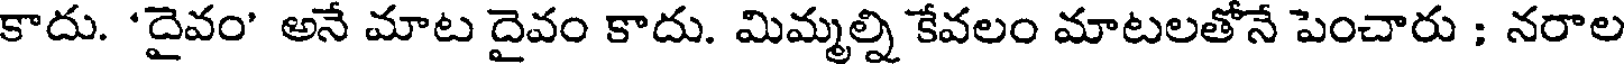
కాదు. 'దైవం' అనే మాట దైవం కాదు. మిమ్మల్ని కేవలం మాటలతోనే పెంచారు ; నరాల